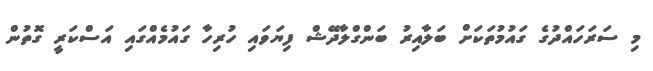
މި ސަރަހައްދުގެ ގައުމުތަކަށް ބަލާއިރު ބަންގްލާދޭޝް ފިޔަވައި ހުރިހާ ގައުމެއްގައި އަސްކަރީ ގޮތުން